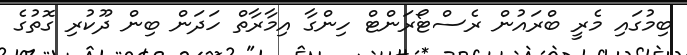
ބިމުގައި މެރީ ބްރައުން ރެސްޓޯރަންޓް ހިންގާ އިމާރާތް ހަދަން ބިން ދޫކުރި ގޮތުގެ